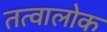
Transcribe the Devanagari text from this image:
तत्वालोक